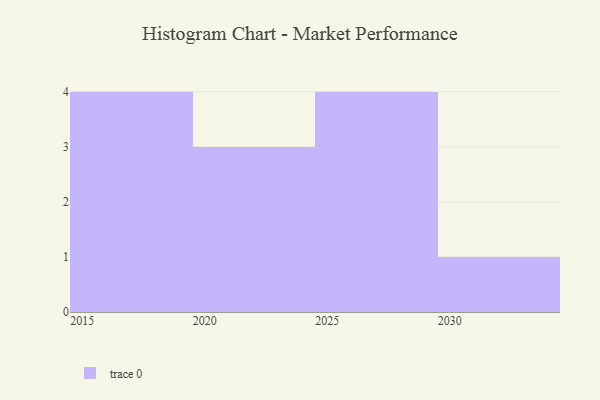
{"axis": {"x": "Year", "y": "Bounce Rate (%)"}, "legend": [""], "data": [{"x": "2016", "y": 60, "type": ""}, {"x": "2017", "y": 46, "type": ""}, {"x": "2022", "y": 26, "type": ""}, {"x": "2030", "y": 52, "type": ""}, {"x": "2015", "y": 89, "type": ""}, {"x": "2020", "y": 59, "type": ""}, {"x": "2027", "y": 24, "type": ""}, {"x": "2026", "y": 72, "type": ""}, {"x": "2029", "y": 65, "type": ""}, {"x": "2025", "y": 21, "type": ""}, {"x": "2018", "y": 52, "type": ""}, {"x": "2024", "y": 3, "type": ""}]}